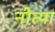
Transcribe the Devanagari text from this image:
नीत्या